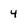
Character: 4